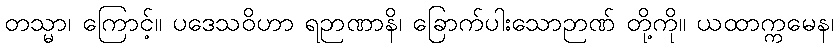
တသ္မာ၊ ကြောင့်။ ပဒေသဝိဟာ ရဉာဏာနိ၊ ခြောက်ပါးသောဉာဏ် တို့ကို။ ယထာက္ကမေန၊